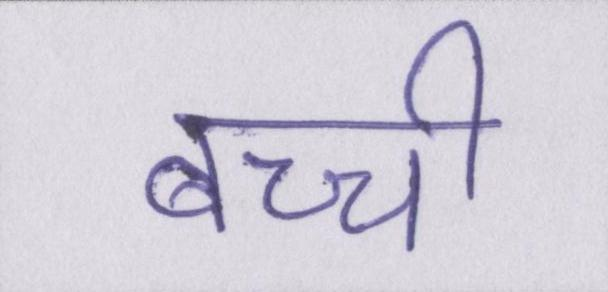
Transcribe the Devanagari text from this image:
बच्ची